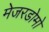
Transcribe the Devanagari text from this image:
मेजरडोमो